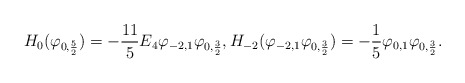
\begin{align*}H_0(\varphi_{0,\frac 52})=-\frac{11}5 E_4 \varphi_{-2,1}\varphi_{0,\frac 32},H_{-2}(\varphi_{-2,1}\varphi_{0,\frac 32})=-\frac{1}5\varphi_{0,1}\varphi_{0,\frac 32}.\end{align*}